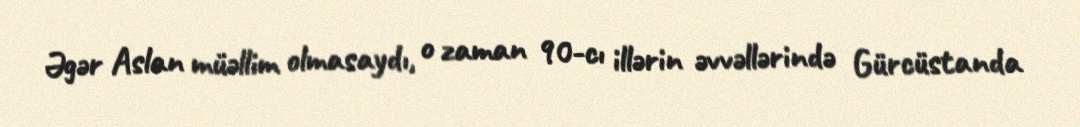
Əgər Aslan müəllim olmasaydı, o zaman 90-cı illərin əvvəllərində Gürcüstanda